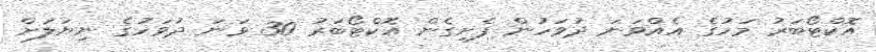
އޮކްޓޯބަރު މަހުގެ އެއްވަނަ ދުވަހުން ފެށިގެން އޮކްޓޯބަރު 30 ވަނަ ދުވަހުގެ ނިޔަލަށް